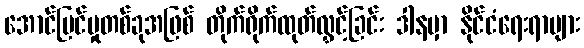
အောင်မြင်မှုတစ်ခုအဖြစ် တိုက်ရိုက်ထုတ်လွှင့်ခြင်း ဒါနမှာ နိုင်ငံရေးရာများ